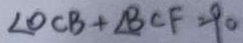
\angle O C B + \angle B C F = 9 0